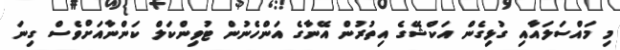
މި މައްސަލައާއި ގުޅިގެން އަކްޝޭގެ އިތުރުން އޭނާގެ އަންހެނުން ޓުވިންކަލް ކަންނާއަށްވެސް ގިނަ